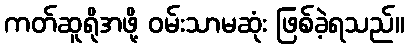
ကတ်ဆူရိုအဖို့ ဝမ်းသာမဆုံး ဖြစ်ခဲ့ရသည်။